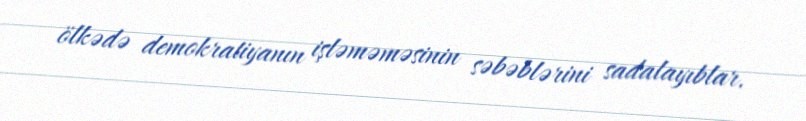
ölkədə demokratiyanın işləməməsinin səbəblərini sadalayıblar.